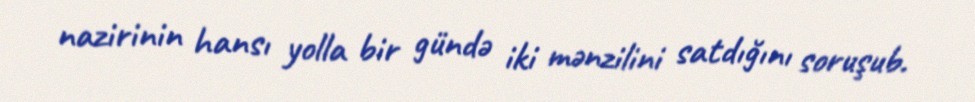
nazirinin hansı yolla bir gündə iki mənzilini satdığını soruşub.